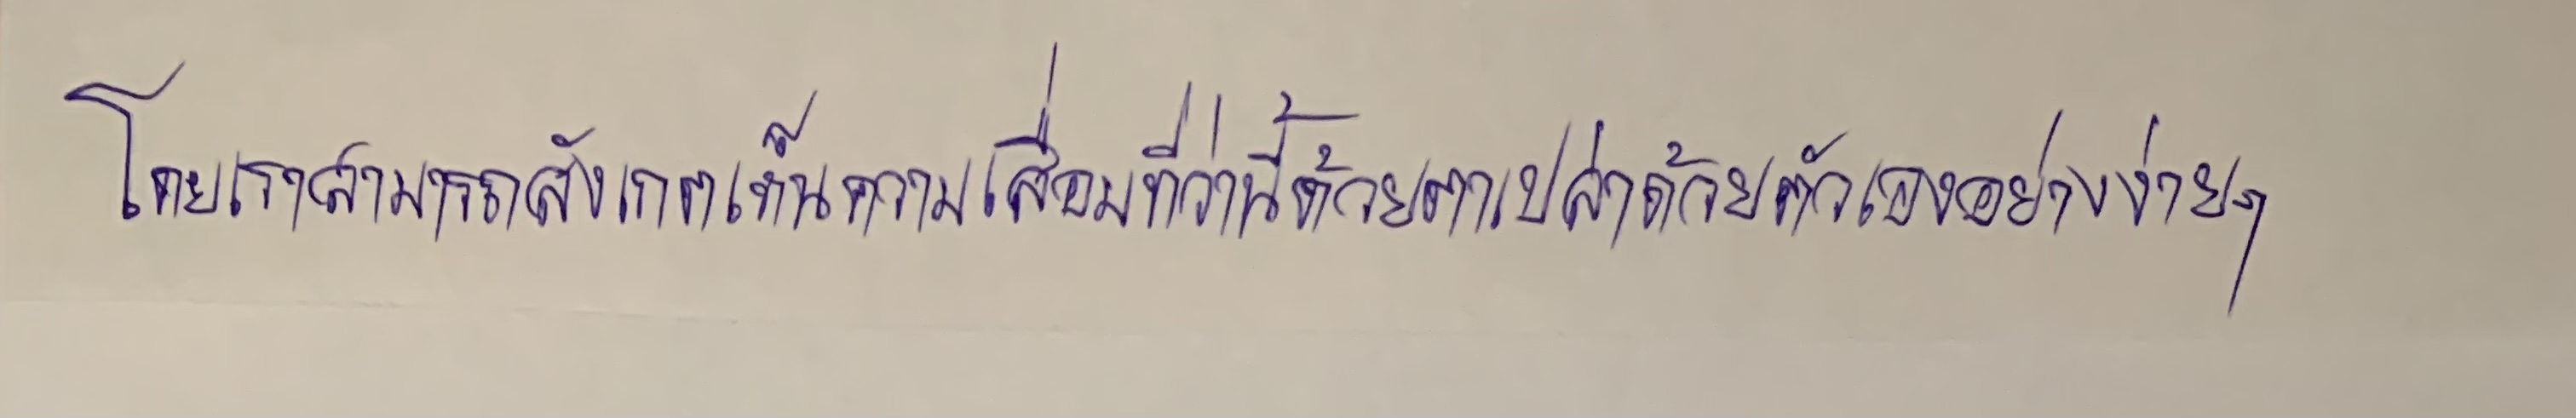
โดยเราสามารถสังเกตเห็นความเสื่อมที่ว่านี้ด้วยตาเปล่าด้วยตัวเองอย่างง่ายๆ